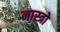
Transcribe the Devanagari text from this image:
नास्त्रो